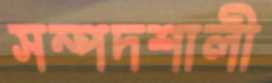
সম্পদশালী